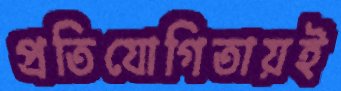
প্রতিযোগিতায়ই